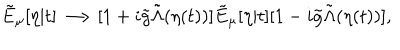
\tilde { E } _ { \mu } [ \eta | t ] \longrightarrow [ 1 + i \tilde { g } \tilde { \Lambda } ( \eta ( t ) ) ] \tilde { E } _ { \mu } [ \eta | t ] [ 1 - i \tilde { g } \tilde { \Lambda } ( \eta ( t ) ) ] ,